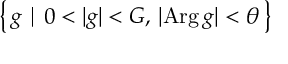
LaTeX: \left\{ \, g \mid 0 < | g | < G , \, | \mathrm { A r g } \, g | < \theta \, \right\}